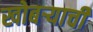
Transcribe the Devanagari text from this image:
खोबर्‍याची